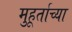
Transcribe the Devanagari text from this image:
मुहूर्ताच्या